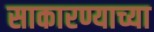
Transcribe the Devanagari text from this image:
साकारण्याच्या